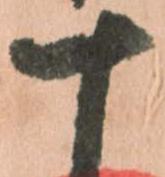
十